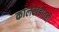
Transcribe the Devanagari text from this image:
कालखंडातही